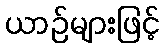
ယာဉ်များဖြင့်